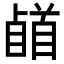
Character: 𩠥